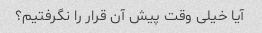
آیا خیلی وقت پیش آن قرار را نگرفتیم؟